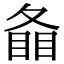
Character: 𥇠